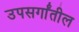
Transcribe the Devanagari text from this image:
उपसर्गांतील